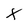
Character: X